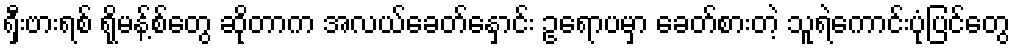
ရှီးဗားရစ် ရိုမန့်စ်တွေ ဆိုတာက အလယ်ခေတ်နှောင်း ဥရောပမှာ ခေတ်စားတဲ့ သူရဲကောင်းပုံပြင်တွေ